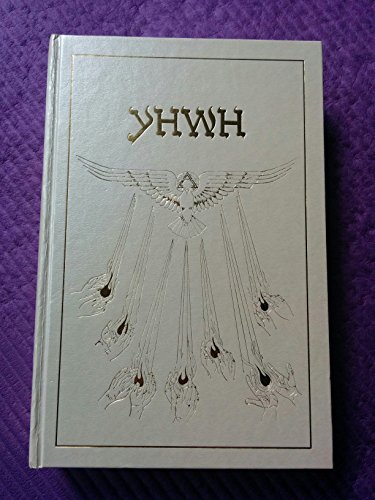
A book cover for The Book of Knowledge: The Keys of Enoch; J. J. Hurtak; Christian Books & Bibles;